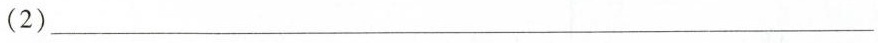
(2)___